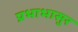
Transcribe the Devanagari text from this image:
प्रभाभासुर